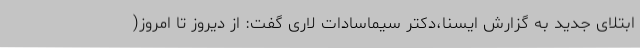
ابتلای جدید به گزارش ایسنا،دکتر سیماسادات لاری گفت: از دیروز تا امروز(